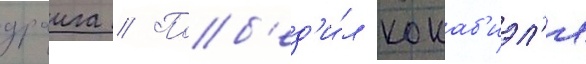
драига // Поб'ед'и́л кокаб'иэл'я